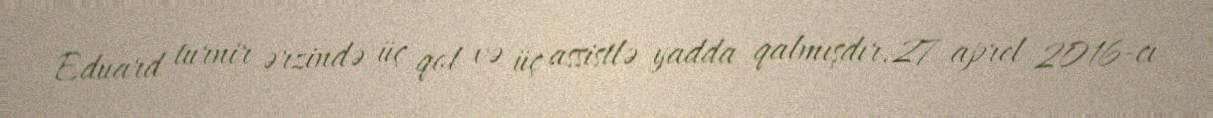
Eduard turnir ərzində üç qol və üç assistlə yadda qalmışdır.27 aprel 2016-cı